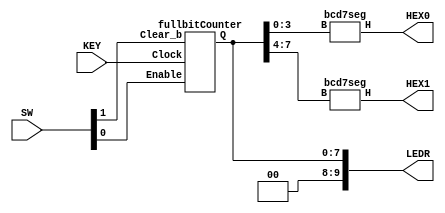
module part1(SW, KEY, LEDR, HEX0, HEX1);
	input [9:0] SW;
	input [0:0] KEY;
	output [9:0] LEDR;
	output [0:6] HEX0, HEX1;
	wire [7:0] Q;
	fullbitCounter fC0(SW[0], KEY[0], SW[1], Q[7:0]);
	bcd7seg hex0( Q[3:0], HEX0);
	bcd7seg hex1( Q[7:4], HEX1);
	assign LEDR[7:0] = Q[7:0];
	assign LEDR[9:8] = 2'b0;

endmodule


module fullbitCounter(Enable, Clock, Clear_b, Q);
	input Enable, Clock, Clear_b;
	output [7:0] Q;
	wire Qtemp;
	wire [6:0] Q_;
	bitCounter bA0(Enable, Clock, Clear_b, Q[0]);
	assign Q_[0]=Q[0]&Enable;
	
	bitCounter bA1(Q_[0] , Clock, Clear_b, Q[1]);
	assign Q_[1]=Q_[0]&Q[1];
	
	bitCounter bA2(Q_[1], Clock, Clear_b, Q[2]);
	assign Q_[2]=Q_[1]&Q[2];
	
	bitCounter bA3(Q_[2], Clock, Clear_b, Q[3]);
	assign Q_[3]=Q_[2]&Q[3];
	
	bitCounter bA4(Q_[3], Clock, Clear_b, Q[4]);	
	assign Q_[4]=Q_[3]&Q[4];
	
	bitCounter bA5(Q_[4], Clock, Clear_b, Q[5]);
	assign Q_[5]=Q_[4]&Q[5];
	
	bitCounter bA6(Q_[5], Clock, Clear_b, Q[6]);
	assign Q_[6]=Q_[5]&Q[6];
	
	ToggleFF FF0(Q_[6], Clock, Clear_b, Q[7]);
	
endmodule


module bitCounter(Enable, Clock, Clear_b, Q);
	input Enable, Clock, Clear_b;
	output Q;
	//wire Qtemp;
	ToggleFF TFF(Enable, Clock, Clear_b, Q);
	

endmodule


module ToggleFF(T, Clock, Resetn, Q);
	input T, Clock, Resetn;
	output reg Q;
	
	always @(posedge Clock, negedge Resetn)
		if (Resetn == 1'b0)
			Q <= 1'b0;
		else if(T)
			Q <= ~Q;	

endmodule



module bcd7seg (B, H);
	input [3:0] B;
	output [0:6] H;

	wire [0:6] H;
	
	assign H[0] = ~((~B[2] & ~B[0]) | (~B[3] & B[1]) | (B[2] & B[1]) | (B[3] & ~B[0]) | (~B[3] & B[2] & B[0]) |(B[3] & ~B[2] & ~B[1]));
	
	assign H[1] = ~((~B[2] & ~B[0]) | (~B[2] & ~B[1]) | (~B[3] & ~B[1] & ~B[0]) | (B[3] & ~B[1] & B[0]) | (~B[3] & B[1] & B[0]));
	
	assign H[2] = ~((B[3] & ~B[2]) | (~B[1] & B[0]) | (~B[2] & ~B[1]) | (~B[3] & B[0]) | (~B[3] & B[2]));
	
	assign H[3] = ~((~B[3] & ~B[2] & ~B[0]) | (~B[2] & B[1] & B[0]) | (B[2] & ~B[1] & B[0]) | (B[3] & ~B[1]) | (B[2] & B[1] & ~B[0])); 
	
	assign H[4] = ~((~B[2] & ~B[0]) | (B[3] & B[2]) | (B[1] & ~B[0]) | (B[3] & B[1]));
	
	assign H[5] = ~((~B[1] & ~B[0]) | (B[3] & ~B[2]) |  (B[2] & ~B[0]) | (B[3] & B[1]) | (~B[3] & B[2])); 
	
	assign H[6] = ~((B[3] & ~B[2]) | (B[1] & ~B[0]) | (B[3] & B[0]) | (~B[3] & B[2] & ~B[1]) | (~B[2] & B[1]));
	
endmodule